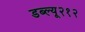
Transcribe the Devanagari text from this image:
डब्ल्यू२१२